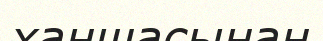
ханшасынан